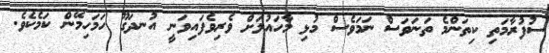
ސުފުރާމަތި ކިތަންމެ ތަނަވަސް ނަމަވެސް މުޅި މާހައުލަށް ވެރިވެފައިވަނީ އުނދަގޫ ހަމަހިމޭން ކަމެކެވެ.